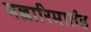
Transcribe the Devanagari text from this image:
मल्लारिमार्तंड